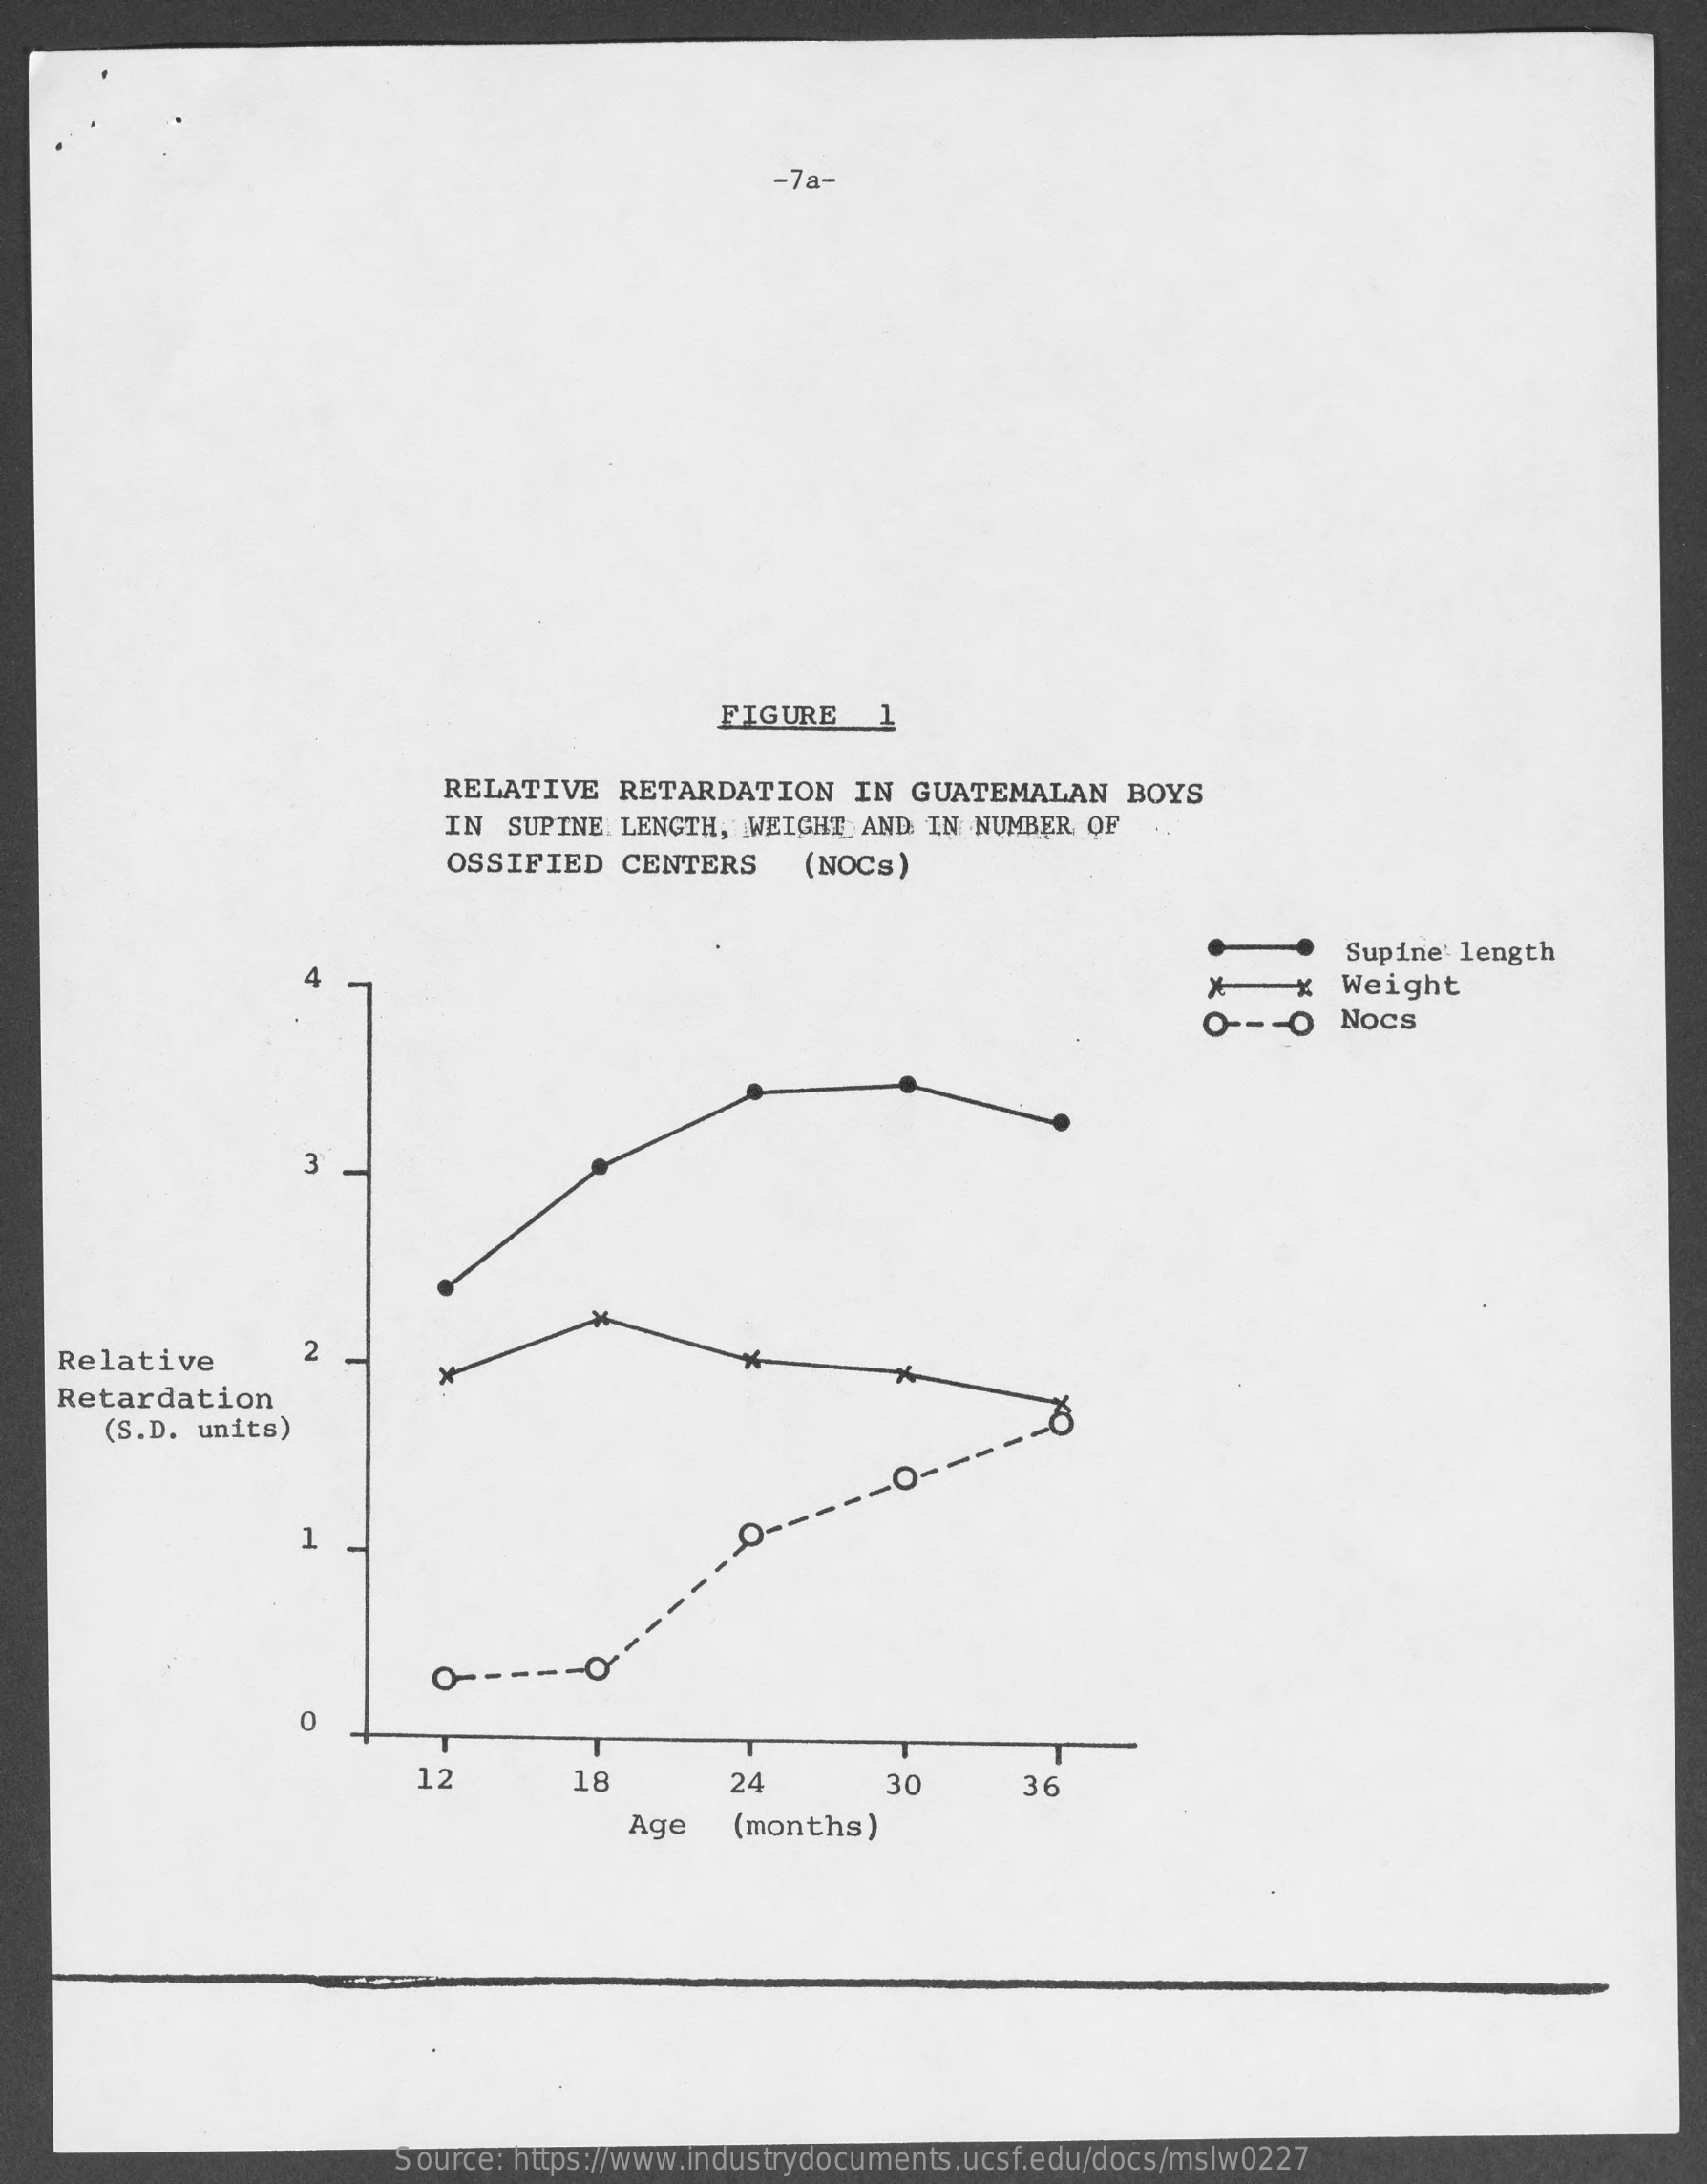
-7a-
     FIGURE    1
     RELATIVE   RETARDATION    IN  GUATEMALAN    BOYS
     IN  SUPINE LENGTH,  WEIGHT AND IN NUMBER OF
     OSSIFIED   CENTERS    (NOCs)
     Supine length
     Weight
     O -- -O  Nocs
     3
    Relative
     2
    Retardation
     (S.D. units)
     -o-
     ---
     1
     O --
     O
     12    18    24    30    36
     Age   (months)
     Source: https://www.industrydocuments.ucsf.edu/docs/mslw0227